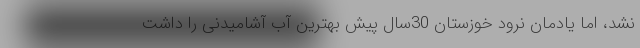
نشد، اما یادمان نرود خوزستان 30سال پیش بهترین آب آشامیدنی را داشت